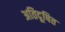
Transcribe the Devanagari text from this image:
अतिदूषित